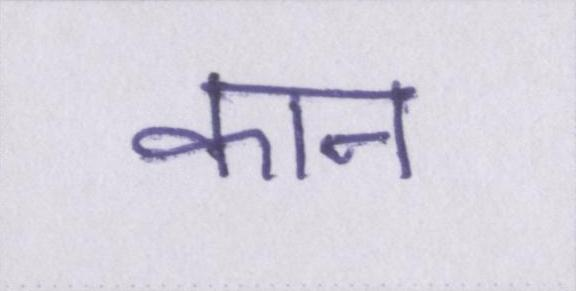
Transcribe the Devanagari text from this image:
कान